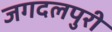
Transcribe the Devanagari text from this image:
जगदलपुरी